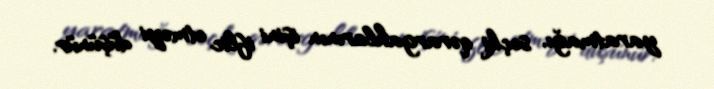
yaratmağı, seçki qərargahlarının işini iflic etməyi düşünür.